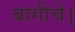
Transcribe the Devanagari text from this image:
बागीचे।